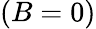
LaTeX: (B=0)